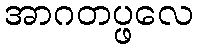
အာဂတပ္ဖလေ